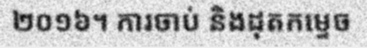
២០១៦។ ការចាប់ និងដុតកម្ទេច